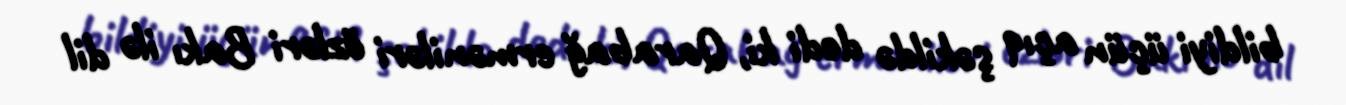
bildiyi üçün açıq şəkildə dedi ki, Qarabağ erməniləri özləri Bakı ilə dil